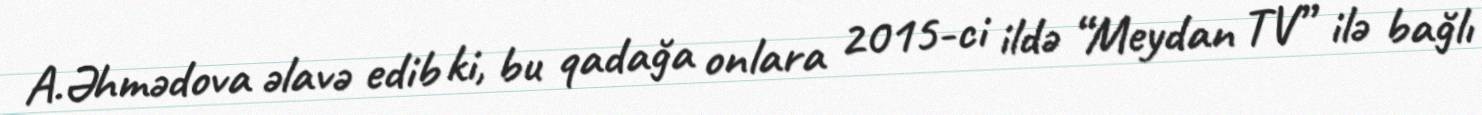
A.Əhmədova əlavə edib ki, bu qadağa onlara 2015-ci ildə “Meydan TV” ilə bağlı